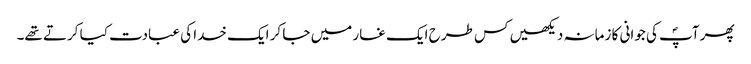
پھر آپؐ کی جوانی کا زمانہ دیکھیں کس طرح ایک غار میں جا کر ایک خدا کی عبادت کیا کرتے تھے۔